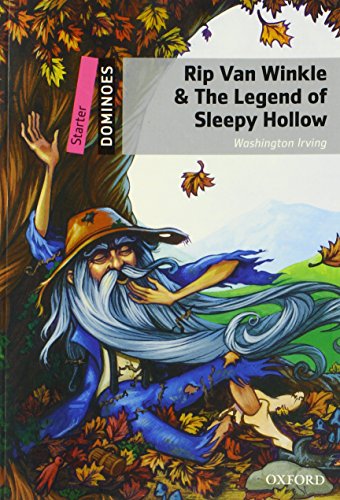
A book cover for Dominoes: Starter Level: 250-Word Vocabulary Rip Van Winkle & the Legend of Sleepy Hollow; Washington Irving; Children's Books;